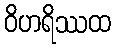
ဝိဟရိဿထ